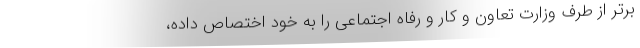
برتر از طرف وزارت تعاون و کار و رفاه اجتماعی را به خود اختصاص داده،